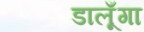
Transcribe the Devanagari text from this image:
डालूँगा